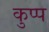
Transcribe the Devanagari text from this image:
कुप्प